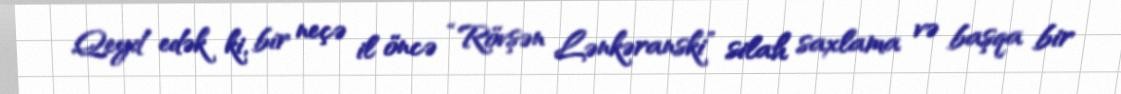
Qeyd edək ki, bir neçə il öncə “Rövşən Lənkəranski” silah saxlama və başqa bir